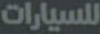
للسيارات